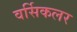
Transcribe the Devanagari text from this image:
वर्सिकलर